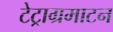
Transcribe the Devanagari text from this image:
टेट्राग्रमाटन